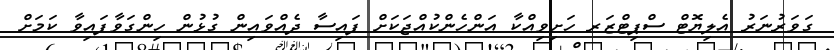
ގަވަރުނަރު އެލިޔޮޓް ސްޕިޓްޒަރ ހަށިވިއްކާ އަންހެންކުއްޖަކަށް ފައިސާ ދެއްވައިން ގުޅުން ހިންގަވާފައިވާ ކަމަށް